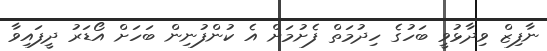
ނާފިޒް ވިދާޅުވީ ބަހުގެ ހިދުމަތް ފެށުމަށް އެ ކުންފުނިން ބަހަށް އޯޑަރު ދީފައިވާ